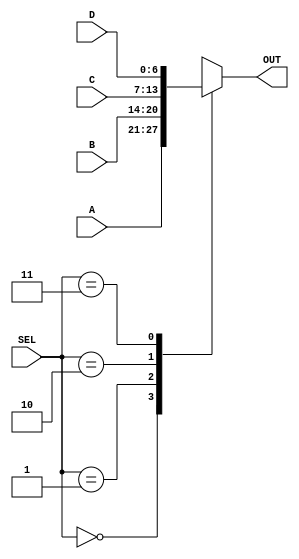
module MUX_4_1 (
  input [6:0] A,
  input [6:0] B,
  input [6:0] C,
  input [6:0] D,
  input [1:0] SEL,
  output reg [6:0] OUT
);

  always @*
    case (SEL)
      2'b00: OUT = A;
      2'b01: OUT = B;
      2'b10: OUT = C;
      2'b11: OUT = D;
    endcase

endmodule